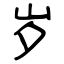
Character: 岁